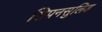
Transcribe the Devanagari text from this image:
सिपनसुलिड